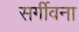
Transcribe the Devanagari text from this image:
सर्गीवना